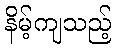
နိမ့်ကျသည့်